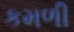
કમળી